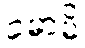
ခမာမိ